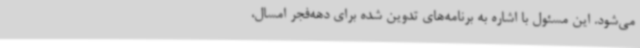
می‌شود. این مسئول با اشاره به برنامه‌های تدوین شده برای دهه‌فجر امسال،